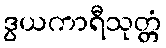
ဒွယကာရီသုတ္တံ